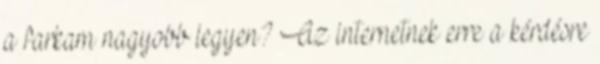
a farkam nagyobb legyen? Az internetnek erre a kérdésre